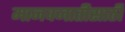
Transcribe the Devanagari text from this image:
मानवजातीसाठी